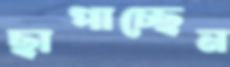
ছাপাচ্ছেন